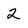
Character: 2